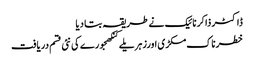
ڈاکٹر ذاکر نائیک نے طریقہ بتا دیا
خطرناک مکڑی اورزہریلے کنکھجورے کی نئی قسم دریافت